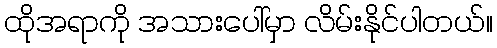
ထိုအရာကို အသားပေါ်မှာ လိမ်းနိုင်ပါတယ်။